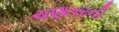
ચણતરની